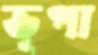
ভূপা